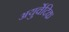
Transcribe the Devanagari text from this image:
अयुर्वेदिक